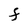
Character: F